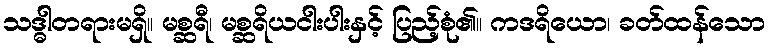
သဒ္ဓါတရားမရှိ။ မစ္ဆရီ၊ မစ္ဆရိယငါးပါးနှင့် ပြည့်စုံ၏။ ကဒရိယော၊ ခတ်ထန်သော